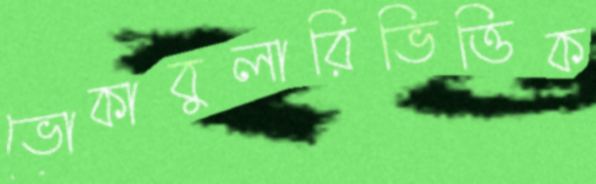
ভোকাবুলারিভিত্তিক